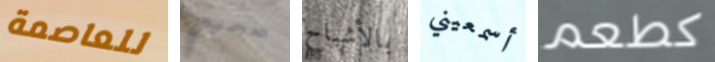
للعاصمة صحيح بالأشباح أسمعيني كطعم